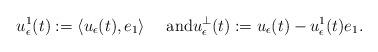
LaTeX: \begin{align*}u^1_\epsilon(t):=\langle u_\epsilon(t),e_1\rangle\quad\mbox{ and}u^\perp_\epsilon(t):= u_\epsilon(t) - u^1_\epsilon(t) e_1.\end{align*}